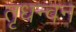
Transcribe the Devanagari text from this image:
तृधन्वन